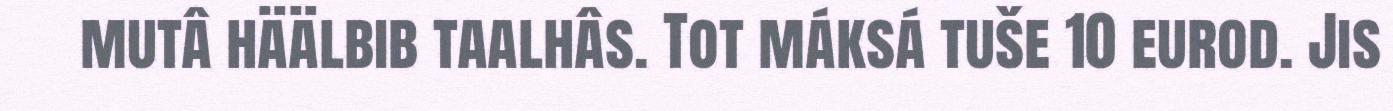
mutâ häälbib taalhâs. Tot máksá tuše 10 eurod. Jis